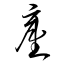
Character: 舊